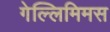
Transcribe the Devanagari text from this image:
गेल्‍लिमिमस